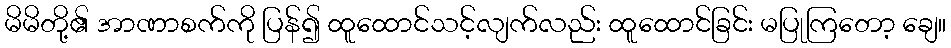
မိမိတို့၏ အာဏာစက်ကို ပြန်၍ ထူထောင်သင့်လျက်လည်း ထူထောင်ခြင်း မပြုကြတော့ ချေ။